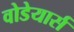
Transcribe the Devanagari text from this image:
वोडेयार्स